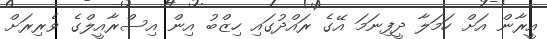
އީރާން އަށް ހަމަލާ ދީފިނަމަ އޭގެ ރައްދުގައި ހިޒްބު އިން އިސްރާއީލްގެ ވެރިރަށް